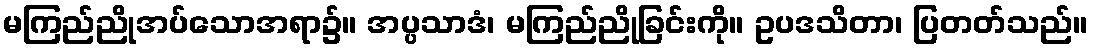
မကြည်ညိုအပ်သောအရာ၌။ အပ္ပသာဒံ၊ မကြည်ညိုခြင်းကို။ ဥပဒသိတာ၊ ပြတတ်သည်။